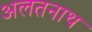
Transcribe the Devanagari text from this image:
अलतनाथ